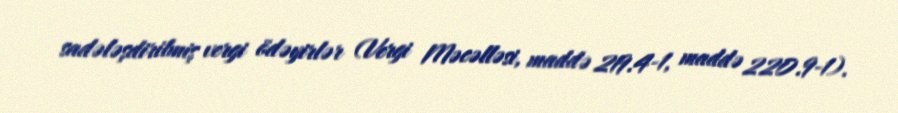
sadələşdirilmiş vergi ödəyirlər (Vergi Məcəlləsi, maddə 219.4-1, maddə 220.9-1).